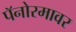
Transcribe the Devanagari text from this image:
पॅनोरमावर